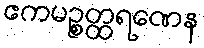
ဧကမဉ္စတ္ထရဏေန